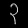
Digit: ၃